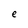
Character: e